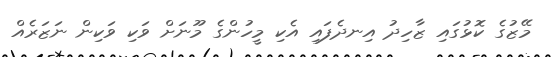
މޭޒުގެ ކޮޅުގައި ޒާހިދު އިނދެފައި އެކި މީހުންގެ މޫނަށް ވަކި ވަކިން ނަޒަރެއް